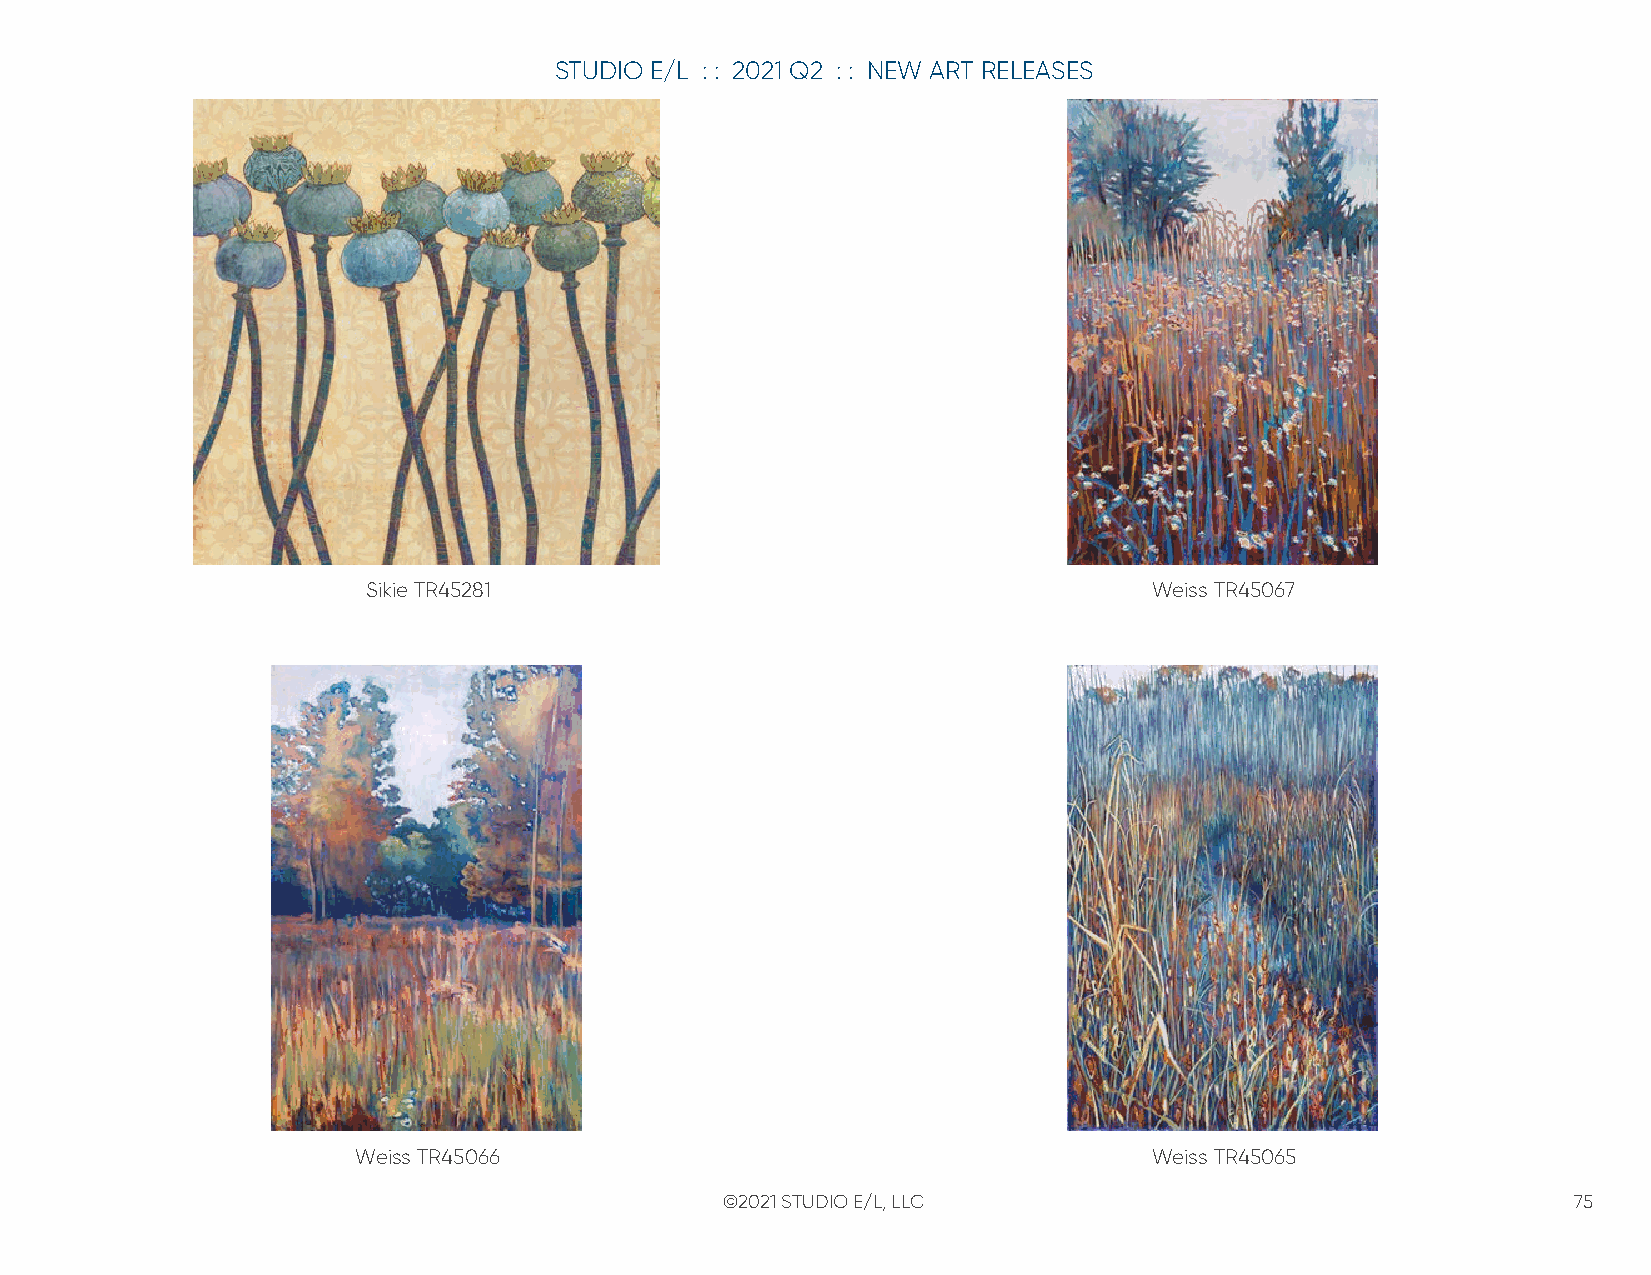
STUDIO E/L : : 2021 Q2 : : NEW ART RELEASES
 Sikie TR45281                                       Weiss TR45067
 Weiss TR45066                                       Weiss TR45065
 ©2021 STUDIO E/L, LLC                                   75